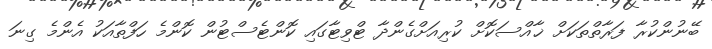
ބޭނުންކުރާ ފަރާތްތަކަށް ޚާއްސަކޮށް ކުރިއަށްގެންދާ ޓްވިޓާގައި ކޮންޓެސްޓުން ކޮންމެ ހަފްތާއަކު އެންމެ ގިނަ